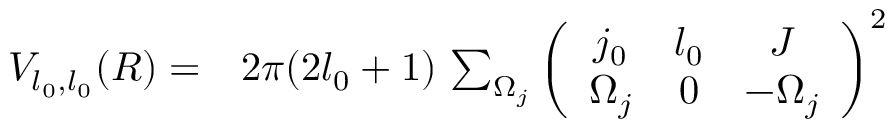
\begin{array} { r l } { V _ { l _ { 0 } , l _ { 0 } } ( R ) = } & { { } 2 \pi ( 2 l _ { 0 } + 1 ) \, \sum _ { \Omega _ { j } } { \left( \begin{array} { c c c } { j _ { 0 } } & { l _ { 0 } } & { J } \\ { \Omega _ { j } } & { 0 } & { - \Omega _ { j } } \end{array} \right) } ^ { 2 } } \end{array}